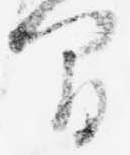
間